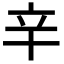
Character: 𨐋